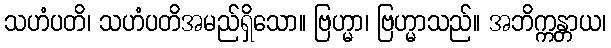
သဟံပတိ၊ သဟံပတိအမည်ရှိသော။ ဗြဟ္မာ၊ ဗြဟ္မာသည်။ အဘိက္ကန္တာယ၊